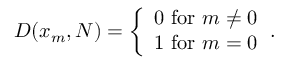
D ( x _ { m } , N ) = { \left\{ \begin{array} { l l } { 0 { \mathrm { ~ f o r ~ } } m \neq 0 } \\ { 1 { \mathrm { ~ f o r ~ } } m = 0 } \end{array} \right. } .